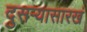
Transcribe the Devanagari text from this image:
दुसऱ्यासारखं